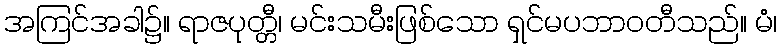
အကြင်အခါ၌။ ရာဇပုတ္တီ၊ မင်းသမီးဖြစ်သော ရှင်မပဘာဝတီသည်။ မံ၊